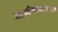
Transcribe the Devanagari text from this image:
महादेववचस्तथा